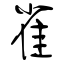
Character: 雀